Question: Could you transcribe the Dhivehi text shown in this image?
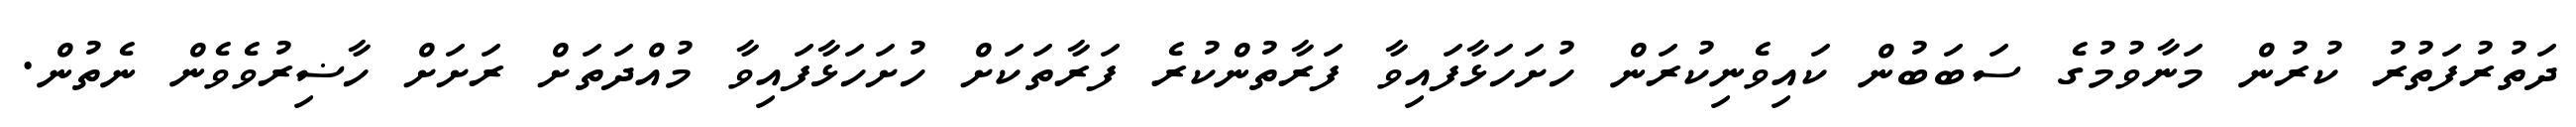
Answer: ދަތުރުފަތުރު ކުރުން މަނާވުމުގެ ސަބަބުން ކައިވެނިކުރަން ހުށަހަޅާފައިވާ ފަރާތުންކުރެ ފަރާތަކަށް ހުށަހަޅާފައިވާ މުއްދަތަށް ރަށަށް ހާޟިރުވެވެން ނެތުން.